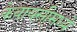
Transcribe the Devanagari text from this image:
केवायसीमध्ये